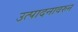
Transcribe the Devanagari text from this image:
उत्पादनावरुन